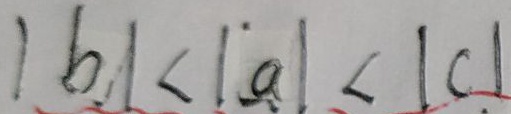
\vert b \vert < \vert a \vert < \vert c \vert